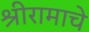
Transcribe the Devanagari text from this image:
श्रीरामाचे